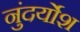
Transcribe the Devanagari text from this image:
नुंदर्योश